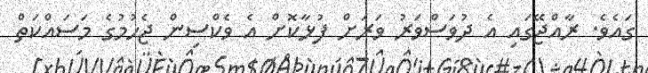
ގައެވެ. ރާއްޖޭގައި އެ ދުވަސްވަރު ވަރަށް ފުޅާކޮށް އެ ވެެކްސިން ޖެހުމުގެ މަސައްކަތް